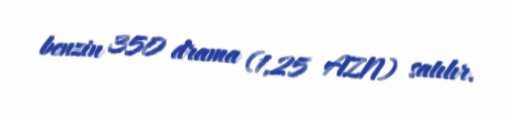
benzin 350 drama (1,25 AZN) satılır.